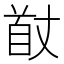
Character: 𮩟